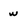
Character: w